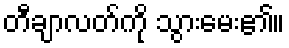
တီချာလတ်ကို သွားမေး၏။